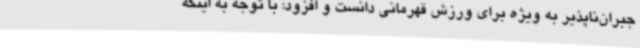
جبران‌ناپذیر به ویژه برای ورزش قهرمانی دانست و افزود: با توجه به اینکه